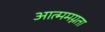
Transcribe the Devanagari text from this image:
आत्ममग्नता